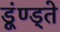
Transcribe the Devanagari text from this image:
डूंण्ड्ते